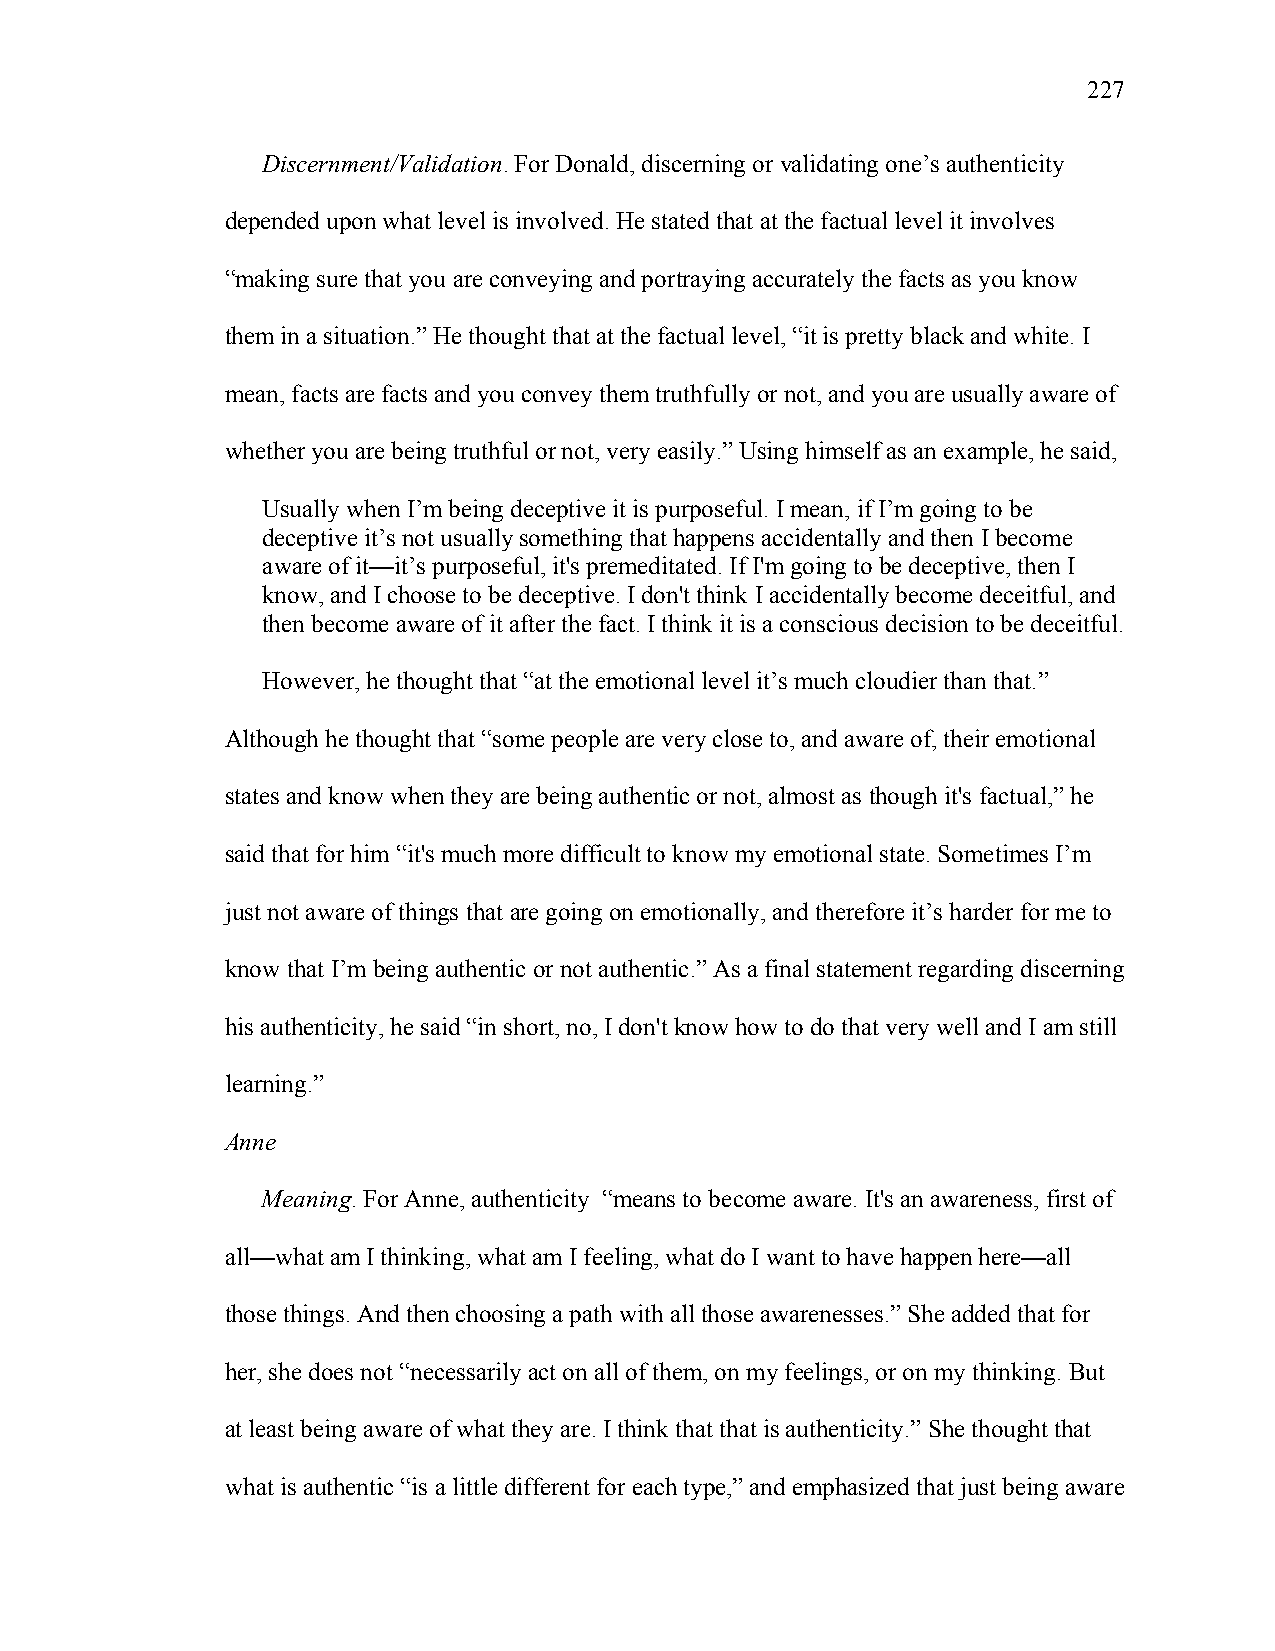
227
 Discernment/Validation. For Donald, discerning or validating one’s authenticity
 depended upon what level is involved. He stated that at the factual level it involves
 “making sure that you are conveying and portraying accurately the facts as you know
 them in a situation.” He thought that at the factual level, “it is pretty black and white. I
 mean, facts are facts and you convey them truthfully or not, and you are usually aware of
 whether you are being truthful or not, very easily.” Using himself as an example, he said,
 Usually when I’m being deceptive it is purposeful. I mean, if I’m going to be
 deceptive it’s not usually something that happens accidentally and then I become
 aware of it—it’s purposeful, it's premeditated. If I'm going to be deceptive, then I
 know, and I choose to be deceptive. I don't think I accidentally become deceitful, and
 then become aware of it after the fact. I think it is a conscious decision to be deceitful.
 However, he thought that “at the emotional level it’s much cloudier than that.”
 Although he thought that “some people are very close to, and aware of, their emotional
 states and know when they are being authentic or not, almost as though it's factual,” he
 said that for him “it's much more difficult to know my emotional state. Sometimes I’m
 just not aware of things that are going on emotionally, and therefore it’s harder for me to
 know that I’m being authentic or not authentic.” As a final statement regarding discerning
 his authenticity, he said “in short, no, I don't know how to do that very well and I am still
 learning.”
 Anne
 Meaning. For Anne, authenticity “means to become aware. It's an awareness, first of
 all—what am I thinking, what am I feeling, what do I want to have happen here—all
 those things. And then choosing a path with all those awarenesses.” She added that for
 her, she does not “necessarily act on all of them, on my feelings, or on my thinking. But
 at least being aware of what they are. I think that that is authenticity.” She thought that
 what is authentic “is a little different for each type,” and emphasized that just being aware